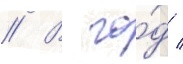
// В го́д /